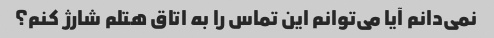
نمی‌دانم آیا می‌توانم این تماس را به اتاق هتلم شارژ کنم؟